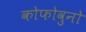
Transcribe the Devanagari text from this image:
कोफोवुनो